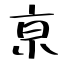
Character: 亰